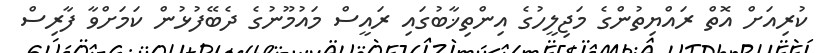
ކުރިއަށް އޮތް ރައްޔިތުންގެ މަޖިލީހުގެ އިންތިޚާބުގައި ރައީސް މައުމޫނުގެ ދެބޭފުޅުން ކަމަށްވާ ފާރިސް